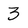
Character: 3